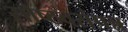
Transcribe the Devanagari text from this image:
सौष्ठवसंपन्न